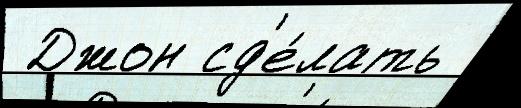
 Джон сд'е́лать